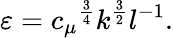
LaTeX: \varepsilon={c_{\mu}}^{\frac{3}{4}}k^{\frac{3}{2}}l^{-1}.